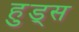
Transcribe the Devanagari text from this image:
हुड्स